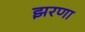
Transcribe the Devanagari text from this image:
झरणा